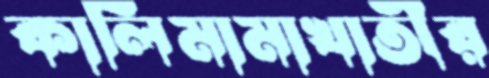
কালিমামাখাতীর